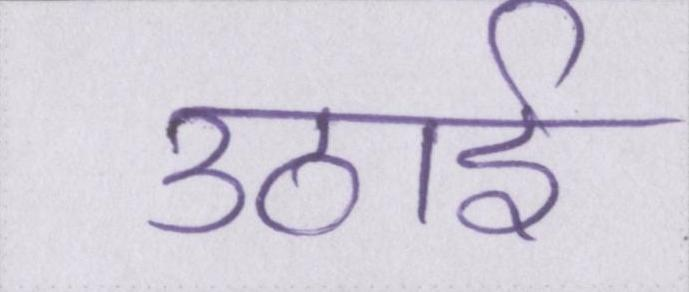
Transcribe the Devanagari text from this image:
उठाई